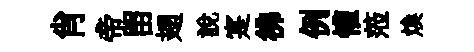
肖帝㽞翅説寔彿例懽蒞煥